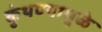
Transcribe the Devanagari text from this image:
कुंथण्यामुळे